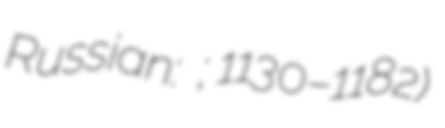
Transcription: Russian: Кирилл Туровский; 1130–1182)